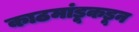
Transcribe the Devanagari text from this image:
काठमांडूकडून